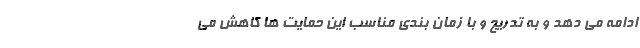
ادامه می دهد و به تدریج و با زمان بندی مناسب این حمایت ها کاهش می